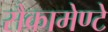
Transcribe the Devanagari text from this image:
सैक्रामेण्टे